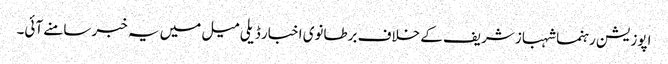
اپوزیشن رہنما شہباز شریف کے خلاف برطانوی اخبار ڈیلی میل میں یہ خبر سامنے آئی۔